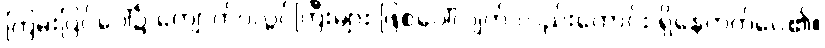
ကြမ်းပြင်ပေါ်၌ ကျောက်ပလ္လင်ကြီးများ ဖြစ်ပေါ်လျက် လည်းကောင်း ရှိနေတတ်ပေ၏။